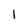
Character: l